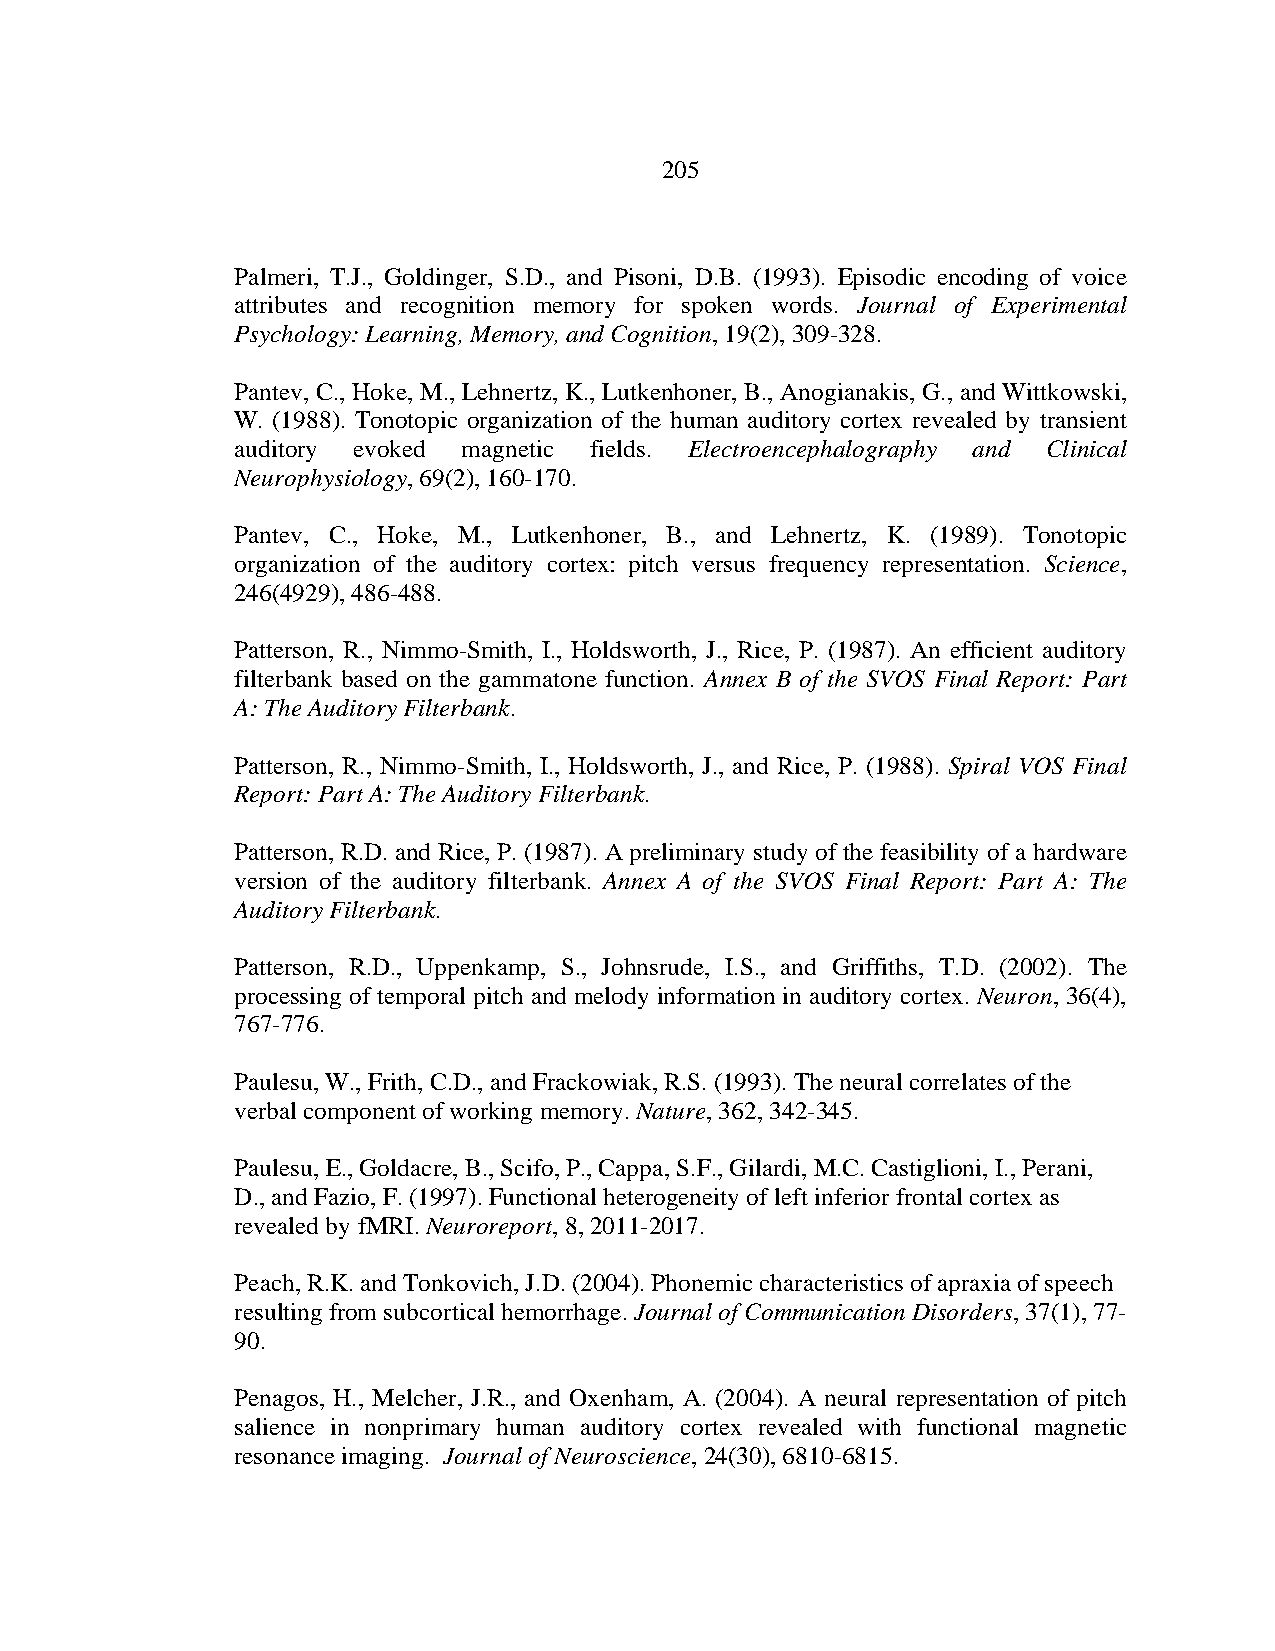
205
 Palmeri, T.J., Goldinger, S.D., and Pisoni, D.B. (1993). Episodic encoding of voice
 attributes and recognition memory for spoken words. Journal of Experimental
 Psychology: Learning, Memory, and Cognition, 19(2), 309-328.
 Pantev, C., Hoke, M., Lehnertz, K., Lutkenhoner, B., Anogianakis, G., and Wittkowski,
 W. (1988). Tonotopic organization of the human auditory cortex revealed by transient
 auditory evoked magnetic fields. Electroencephalography and Clinical
 Neurophysiology, 69(2), 160-170.
 Pantev, C., Hoke, M., Lutkenhoner, B., and Lehnertz, K. (1989). Tonotopic
 organization of the auditory cortex: pitch versus frequency representation. Science,
 246(4929), 486-488.
 Patterson, R., Nimmo-Smith, I., Holdsworth, J., Rice, P. (1987). An efficient auditory
 filterbank based on the gammatone function. Annex B of the SVOS Final Report: Part
 A: The Auditory Filterbank.
 Patterson, R., Nimmo-Smith, I., Holdsworth, J., and Rice, P. (1988). Spiral VOS Final
 Report: Part A: The Auditory Filterbank.
 Patterson, R.D. and Rice, P. (1987). A preliminary study of the feasibility of a hardware
 version of the auditory filterbank. Annex A of the SVOS Final Report: Part A: The
 Auditory Filterbank.
 Patterson, R.D., Uppenkamp, S., Johnsrude, I.S., and Griffiths, T.D. (2002). The
 processing of temporal pitch and melody information in auditory cortex. Neuron, 36(4),
 767-776.
 Paulesu, W., Frith, C.D., and Frackowiak, R.S. (1993). The neural correlates of the
 verbal component of working memory. Nature, 362, 342-345.
 Paulesu, E., Goldacre, B., Scifo, P., Cappa, S.F., Gilardi, M.C. Castiglioni, I., Perani,
 D., and Fazio, F. (1997). Functional heterogeneity of left inferior frontal cortex as
 revealed by fMRI. Neuroreport, 8, 2011-2017.
 Peach, R.K. and Tonkovich, J.D. (2004). Phonemic characteristics of apraxia of speech
 resulting from subcortical hemorrhage. Journal of Communication Disorders, 37(1), 77-
 90.
 Penagos, H., Melcher, J.R., and Oxenham, A. (2004). A neural representation of pitch
 salience in nonprimary human auditory cortex revealed with functional magnetic
 resonance imaging. Journal of Neuroscience, 24(30), 6810-6815.